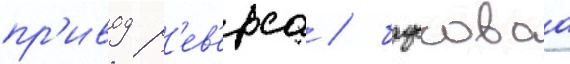
пр'ивод р'ев'ерса / брусковаа